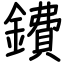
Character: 鐨